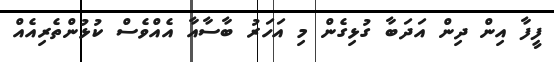
ފީފާ އިން ދިން އަދަބާ ގުޅިގެން މި އަހަރު ބާސާއާ އެއްވެސް ކުޅުންތެރިއެއް